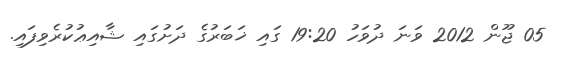
05 ޖޫން 2012 ވަނަ ދުވަހު 19:20 ގައި ޚަބަރުގެ ދަށުގައި ޝާއިޢުކުރެވިފައި.